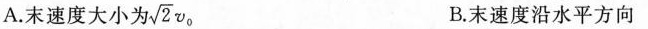
A.末速度大小为 \sqrt{2}v_{0} B.末速度沿水平方向